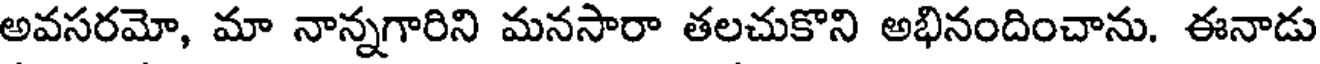
అవసరమో, మా నాన్నగారిని మనసారా తలచుకొని అభినందించాను. ఈనాడు